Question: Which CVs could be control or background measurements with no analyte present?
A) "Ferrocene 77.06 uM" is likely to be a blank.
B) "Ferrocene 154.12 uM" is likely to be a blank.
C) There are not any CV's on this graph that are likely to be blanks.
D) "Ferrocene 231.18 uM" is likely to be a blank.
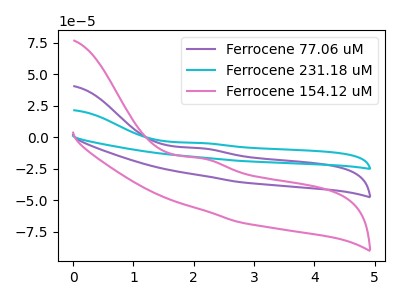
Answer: <think>The purple curve "Ferrocene 77.06 uM" has an anodic peak at: (2.15V, -8.85uA). The cyan curve "Ferrocene 231.18 uM" has an anodic peak at: (2.15V, -17.70uA). The pink curve "Ferrocene 154.12 uM" has an anodic peak at: (2.15V, -16.80uA).</think>
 <answer>C) There are not any CV's on this graph that are likely to be blanks.</answer>
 <eval>C</eval>